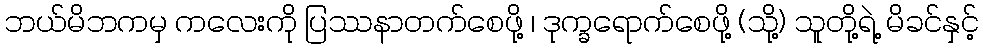
ဘယ်မိဘကမှ ကလေးကို ပြဿနာတက်စေဖို့ ၊ ဒုက္ခရောက်စေဖို့ (သို့) သူတို့ရဲ့ မိခင်နှင့်